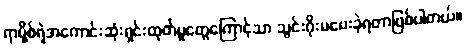
ရာမို့စ်ရဲဲ့အကောင်းဆုံးရှင်းထုတ်မှုတွေကြောင့်သာ သွင်းဂိုးမပေးခဲ့ရတာဖြစ်ပါတယ်။